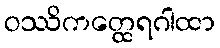
ဝဿိကတ္ထေရဂါထာ